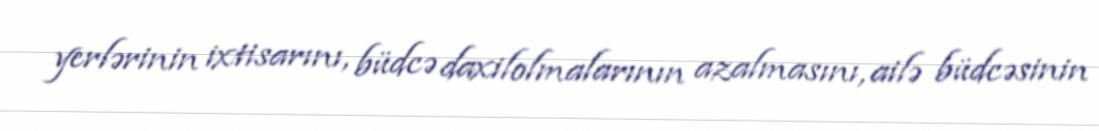
yerlərinin ixtisarını, büdcə daxilolmalarının azalmasını, ailə büdcəsinin